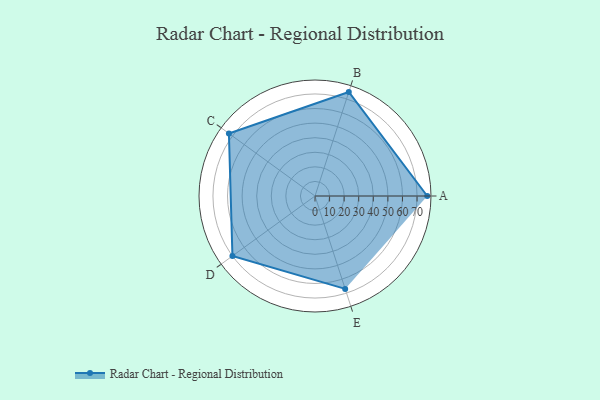
{"axis": {"x": "Skill", "y": "Score"}, "legend": ["Profile"], "data": [{"x": "A", "y": 77.0, "type": "Profile"}, {"x": "B", "y": 75.0, "type": "Profile"}, {"x": "C", "y": 73.0, "type": "Profile"}, {"x": "D", "y": 70.0, "type": "Profile"}, {"x": "E", "y": 67.0, "type": "Profile"}]}